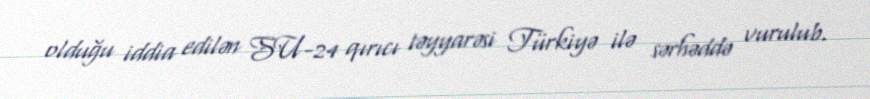
olduğu iddia edilən SU-24 qırıcı təyyarəsi Türkiyə ilə sərhəddə vurulub.